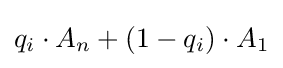
q_{i}\cdot A_{n}+(1-q_{i})\cdot A_{1}